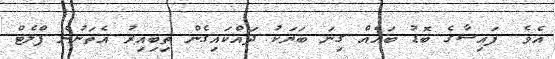
އެވެ. ފައިސާގެ ބޮޑު ބައެއް ގިނަ ބަޔަކު ދައްކައިގެން ތިބިއިރު އެތަނުން ފްލެޓް